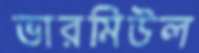
ভারমিউল